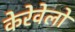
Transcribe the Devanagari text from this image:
केरेवेलो